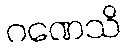
ဂဏေသိ